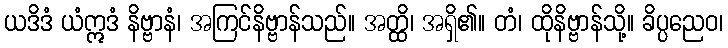
ယဒိဒံ ယံဣဒံ နိဗ္ဗာနံ၊ အကြင်နိဗ္ဗာန်သည်။ အတ္ထိ၊ အရှိ၏။ တံ၊ ထိုနိဗ္ဗာန်သို့။ ခိပ္ပညေဝ၊